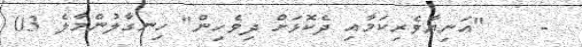
-    "އަނިޔާވެރިކަމާއި ދެކޮޅަށް ދިވެހިން" ހިނގާލުންމާލެ 03